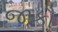
જાકૌ